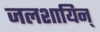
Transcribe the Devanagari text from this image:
जलशायिन्